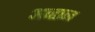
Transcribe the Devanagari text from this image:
अव्हान